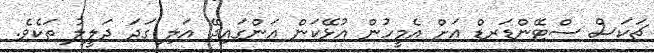
ޗަކަސް ސްޓޭންޑަރޑް އަށް އެމީހުން އުޅޭކަން އަންގައިދޭ އަލި ގަދަ ދަލީލު ތަކެވެ.